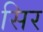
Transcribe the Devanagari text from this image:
सिर